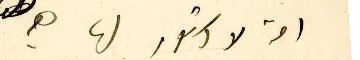
امة لا دستور لها هي